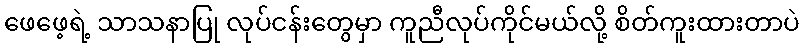
ဖေဖေ့ရဲ့ သာသနာပြု လုပ်ငန်းတွေမှာ ကူညီလုပ်ကိုင်မယ်လို့ စိတ်ကူးထားတာပဲ